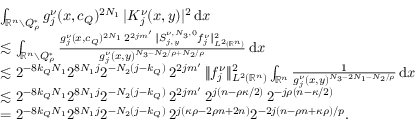
\begin{array} { r l } & { \int _ { \mathbb { R } ^ { n } \setminus Q _ { \rho } ^ { * } } g _ { j } ^ { \nu } ( x , c _ { Q } ) ^ { 2 N _ { 1 } } \, | K _ { j } ^ { \nu } ( x , y ) | ^ { 2 } \, \mathrm { d } x } \\ & { \lesssim \int _ { \mathbb { R } ^ { n } \setminus Q _ { \rho } ^ { * } } \frac { g _ { j } ^ { \nu } ( x , c _ { Q } ) ^ { 2 N _ { 1 } } \, 2 ^ { 2 j m ^ { \prime } } \, \| { S } _ { j , y } ^ { \nu , N _ { 3 } , 0 } { f } _ { j } ^ { \nu } \| _ { L ^ { 2 } ( \mathbb { R } ^ { n } ) } ^ { 2 } } { g _ { j } ^ { \nu } ( x , y ) ^ { N _ { 3 } - N _ { 2 } / \rho + N _ { 2 } / \rho } } \, \mathrm { d } x } \\ & { \lesssim 2 ^ { - 8 k _ { Q } N _ { 1 } } 2 ^ { 8 N _ { 1 } j } 2 ^ { - N _ { 2 } ( j - k _ { Q } ) } \, 2 ^ { 2 j m ^ { \prime } } \, \| f _ { j } ^ { \nu } \| _ { L ^ { 2 } ( \mathbb { R } ^ { n } ) } ^ { 2 } \int _ { \mathbb { R } ^ { n } } \frac { 1 } { g _ { j } ^ { \nu } ( x , y ) ^ { N _ { 3 } - 2 N _ { 1 } - N _ { 2 } / \rho } } \, \mathrm { d } x } \\ & { \lesssim 2 ^ { - 8 k _ { Q } N _ { 1 } } 2 ^ { 8 N _ { 1 } j } 2 ^ { - N _ { 2 } ( j - k _ { Q } ) } \, 2 ^ { 2 j m ^ { \prime } } \, 2 ^ { j ( n - \rho \kappa / 2 ) } \, 2 ^ { - j \rho ( n - \kappa / 2 ) } } \\ & { = 2 ^ { - 8 k _ { Q } N _ { 1 } } 2 ^ { 8 N _ { 1 } j } 2 ^ { - N _ { 2 } ( j - k _ { Q } ) } \, 2 ^ { j ( \kappa \rho - 2 \rho n + 2 n ) } 2 ^ { - 2 j ( n - \rho n + \kappa \rho ) / p } . } \end{array}